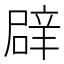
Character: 𮝻